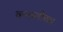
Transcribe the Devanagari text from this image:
वनस्पतींचाच